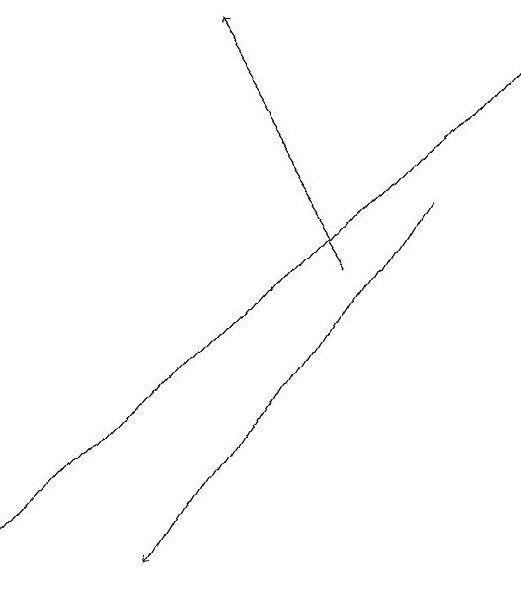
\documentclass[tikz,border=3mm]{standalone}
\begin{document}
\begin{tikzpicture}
\draw[->] (7,15) -- (5,18);
\draw[->] (3,11) -- (9,18);
\draw[->] (8,16) -- (5,11);
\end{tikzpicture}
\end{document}